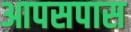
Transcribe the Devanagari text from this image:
आपसपास